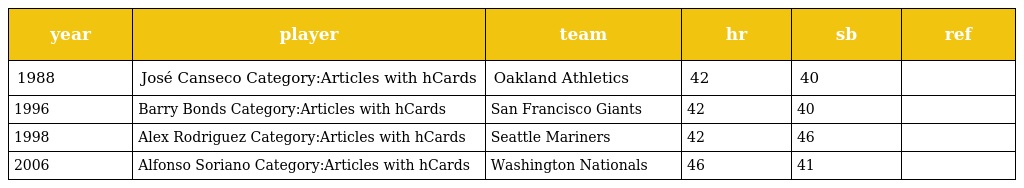
| year | player | team | hr | sb | ref |
 | --- | --- | --- | --- | --- | --- |
 | 1988 | José Canseco Category:Articles with hCards | Oakland Athletics | 42 | 40 |  |
 | 1996 | Barry Bonds Category:Articles with hCards | San Francisco Giants | 42 | 40 |  |
 | 1998 | Alex Rodriguez Category:Articles with hCards | Seattle Mariners | 42 | 46 |  |
 | 2006 | Alfonso Soriano Category:Articles with hCards | Washington Nationals | 46 | 41 |  |